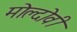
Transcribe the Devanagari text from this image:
मोल्दोवी